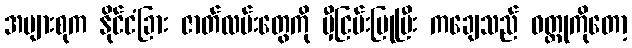
အများစုက နိုင်ငံခြား ဇာတ်လမ်းတွေကို မှီငြမ်းပြုပြီး ကချေသည် ဝတ္ထုကိုတော့